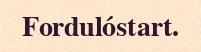
Fordulóstart.